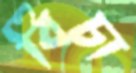
বিচা